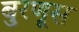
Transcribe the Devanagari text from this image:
बुरणूस